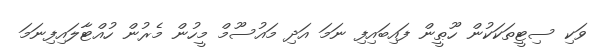
ވަކި ސިޓީތަކަކުން ހޫޠީން ފައިބައިފި ނަމަ އަދި މައުސޫމް މީހުން މެރުން ހުއްޓާލައިފިނަމަ